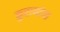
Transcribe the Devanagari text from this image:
कुराणांचा